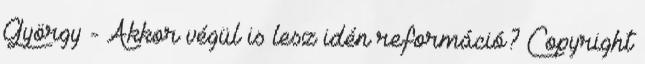
György - Akkor végül is lesz idén reformáció? Copyright